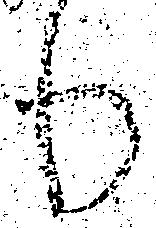
り